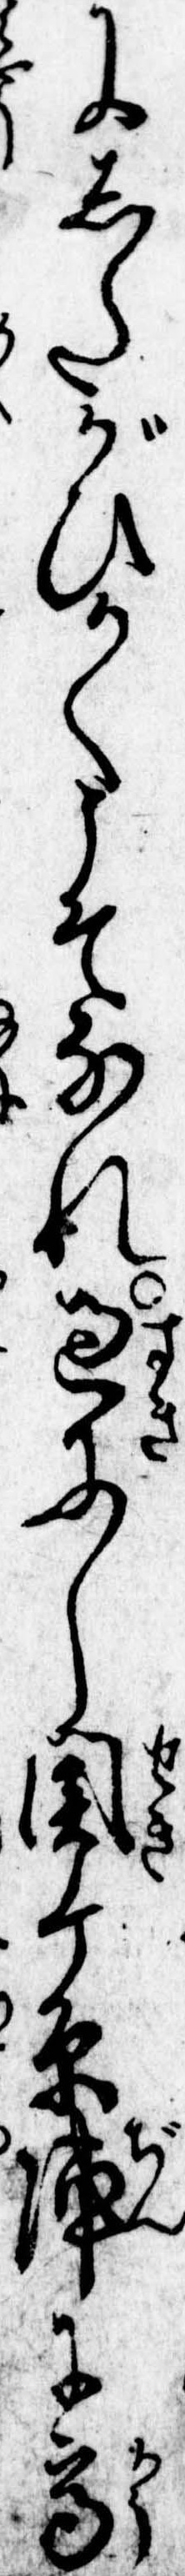
にしたがひかくこそなれ過にし関ケ原陣に高